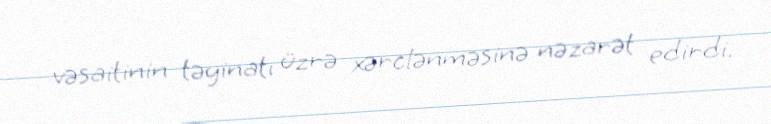
vəsaitinin təyinatı üzrə xərclənməsinə nəzarət edirdi.